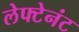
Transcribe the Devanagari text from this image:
लेफ्टेनंट